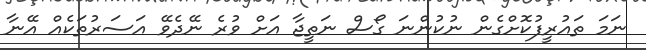
ނަމަ ތައުރީފުކޮށްގެން ނުކުންނަ ގޯސް ނަތީޖާ އަށް ވުރެ ނޭދެވޭ އަސަރުތަކެއް އޭނާ